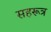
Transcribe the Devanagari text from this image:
सहरूत्र